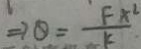
\Rightarrow \theta = \frac { F x ^ { 2 } } { k }